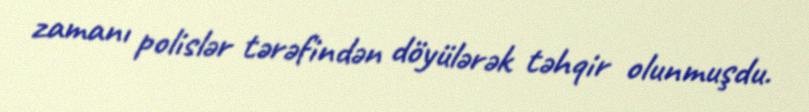
zamanı polislər tərəfindən döyülərək təhqir olunmuşdu.